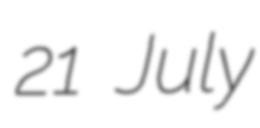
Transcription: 21 July